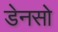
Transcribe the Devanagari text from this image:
डेनसो